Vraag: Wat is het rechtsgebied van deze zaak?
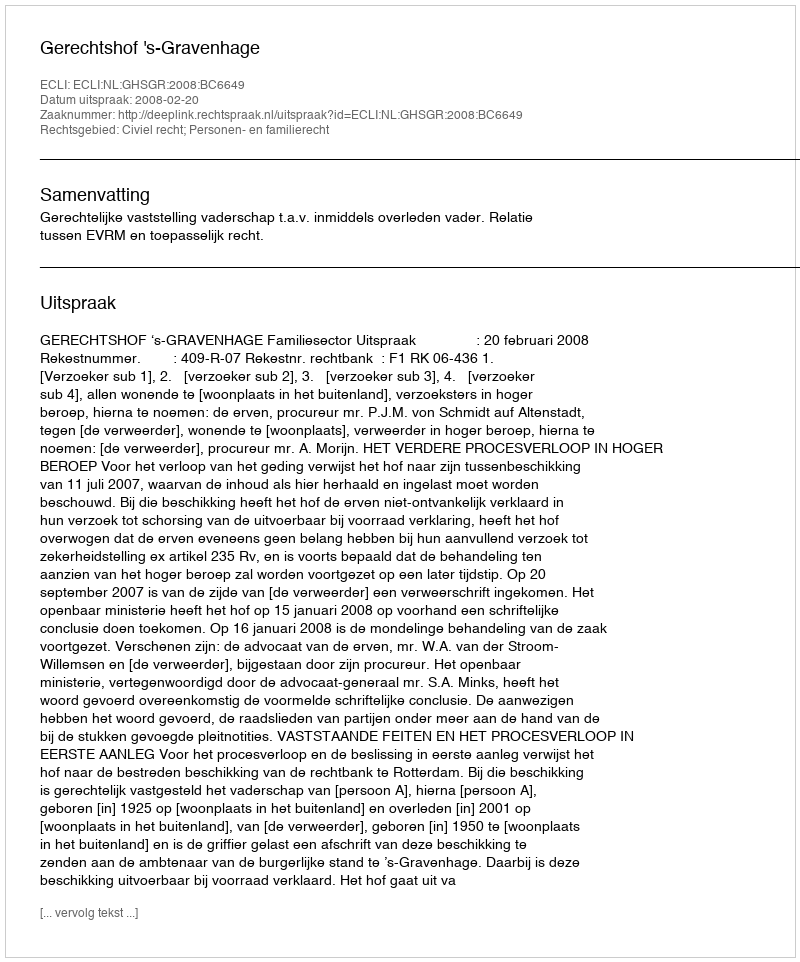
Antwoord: Civiel recht; Personen- en familierecht